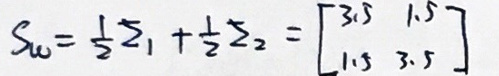
$S_{W}=\frac{1}{2}Z_{1}+\frac{1}{2}Z_{2}=\begin{bmatrix}3.5 & 1.5\\1.5 & 3.5\end{bmatrix}$